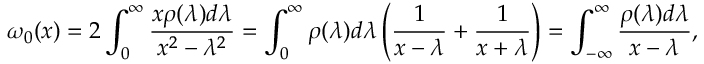
\omega _ { 0 } ( x ) = 2 \int _ { 0 } ^ { \infty } { \frac { x \rho ( \lambda ) d \lambda } { x ^ { 2 } - \lambda ^ { 2 } } } = \int _ { 0 } ^ { \infty } \rho ( \lambda ) d \lambda \left( { \frac { 1 } { x - \lambda } } + { \frac { 1 } { x + \lambda } } \right) = \int _ { - \infty } ^ { \infty } { \frac { \rho ( \lambda ) d \lambda } { x - \lambda } } ,